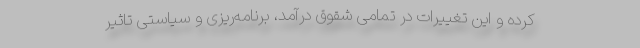
کرده و این تغییرات در تمامی شقوق درآمد، برنامه‌ریزی و سیاستی تاثیر